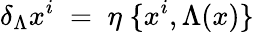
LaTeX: \delta_{\Lambda}x^{i}\; =\; \eta\; \{ x^{i},\Lambda(x)\}